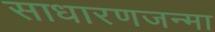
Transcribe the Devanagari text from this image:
साधारणजन्मा